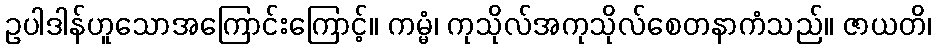
ဥပါဒါန်ဟူသောအကြောင်းကြောင့်။ ကမ္မံ၊ ကုသိုလ်အကုသိုလ်စေတနာကံသည်။ ဇာယတိ၊